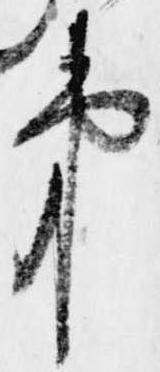
第